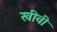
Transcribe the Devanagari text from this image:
खीवी